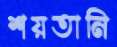
শয়তানি